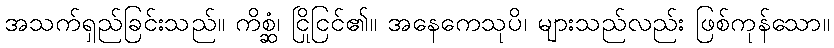
အသက်ရှည်ခြင်းသည်။ ကိစ္ဆံ၊ ငြိုငြင်၏။ အနေကေသုပိ၊ များသည်လည်း ဖြစ်ကုန်သော။